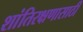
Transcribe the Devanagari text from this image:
शांतिरक्षणासाठी